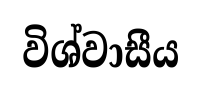
විශ්වාසීය